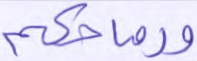
ورماحكم